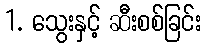
1. သွေးနှင့် ဆီးစစ်ခြင်း